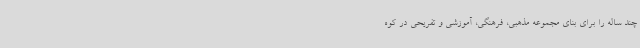
چند ساله را برای بنای مجموعه مذهبی، فرهنگی، آموزشی و تفریحی در کوه